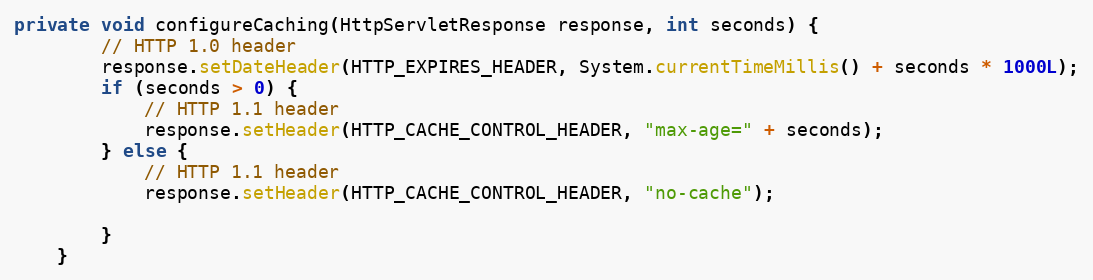
Language: Java
private void configureCaching(HttpServletResponse response, int seconds) {
		// HTTP 1.0 header
		response.setDateHeader(HTTP_EXPIRES_HEADER, System.currentTimeMillis() + seconds * 1000L);
		if (seconds > 0) {
			// HTTP 1.1 header
			response.setHeader(HTTP_CACHE_CONTROL_HEADER, "max-age=" + seconds);
		} else {
			// HTTP 1.1 header
			response.setHeader(HTTP_CACHE_CONTROL_HEADER, "no-cache");

		}
	}